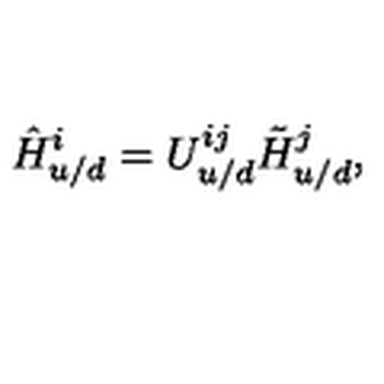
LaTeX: \hat { H } _ { u / d } ^ { i } = U _ { u / d } ^ { i j } \tilde { H } _ { u / d } ^ { j } ,